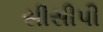
સીસીપી